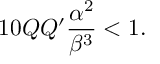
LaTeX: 1 0 { \cal Q } { \cal Q ^ { \prime } } \frac { \alpha ^ { 2 } } { \beta ^ { 3 } } < 1 .